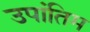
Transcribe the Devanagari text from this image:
उपांतिम